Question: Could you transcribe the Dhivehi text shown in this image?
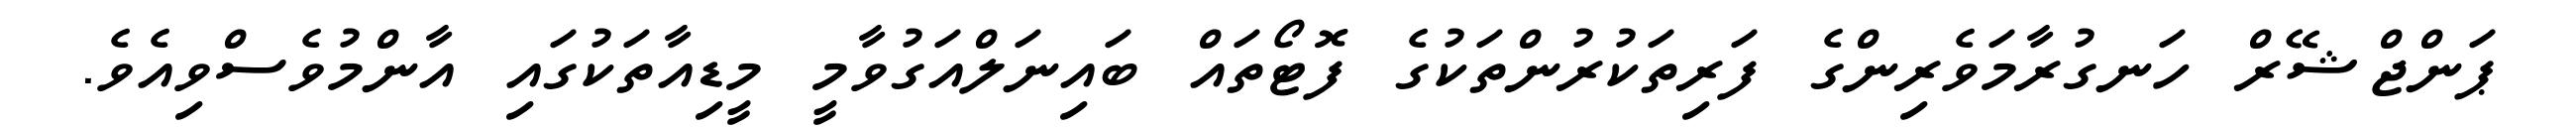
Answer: ޕަންޖްޝޭރް ހަނގުރާމަވެރިންގެ ފަރިތަކުރުންތަކުގެ ފޮޓޯތައް ބައިނަލްއަގުވާމީ މީޑިއާތަކުގައި އާންމުވެސްވިއެވެ.